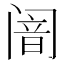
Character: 𬮴